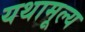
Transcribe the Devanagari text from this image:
यथामूल्य